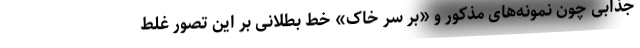
جذابی چون نمونه‌های مذکور و «بر سر خاک» خط بطلانی بر این تصور غلط